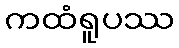
ကထံရူပဿ